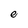
Character: e